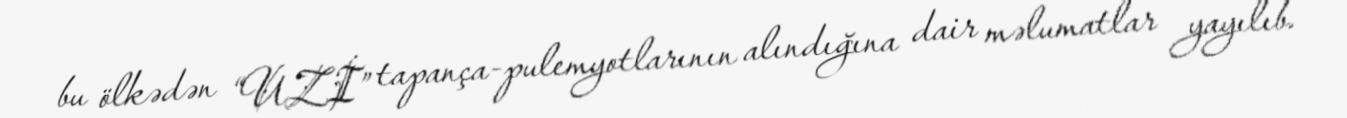
bu ölkədən “UZİ” tapança-pulemyotlarının alındığına dair məlumatlar yayılıb.